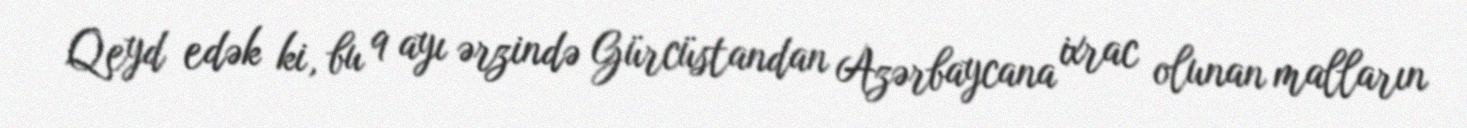
Qeyd edək ki, bu 9 ayı ərzində Gürcüstandan Azərbaycana ixrac olunan malların